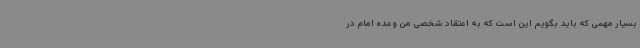
بسیار مهمی‌ که باید بگویم این است که به اعتقاد شخصی من وعده امام در